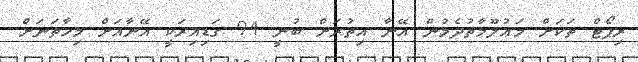
ރިޕޯޓް ތަކަށް މަޢުލޫމާތުދެމުން އޭނާ އިތުރަށް ބުނީ 94 ގަޑިއިރަކީ އޭނާއަށް މިހާތަނަށް